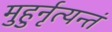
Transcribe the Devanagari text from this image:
मुहुर्नृत्यन्तं